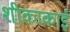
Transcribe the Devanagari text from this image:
शीकाकाई